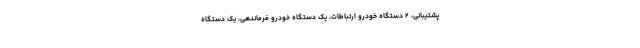
پشتیبانی، ۲ دستگاه خودرو ارتباطات، یک دستگاه خودرو فرماندهی، یک دستگاه